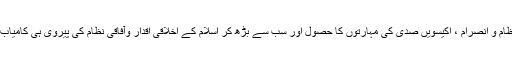
اُنھوں نے مزید کہا کہ وقت کا بہتر انتظام و انصرام ، اکیسویں صدی کی مہارتوں کا حصول اور سب سے بڑھ کر اسلام کے اخلاقی اقدار وآفاقی نظام کی پیروی ہی کامیاب انسان بنانے میں مددگار ہوسکتے ہیں۔